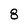
Character: 8